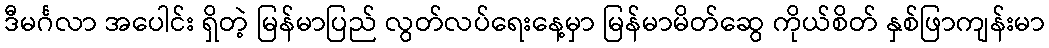
ဒီမင်္ဂလာ အပေါင်း ရှိတဲ့ မြန်မာပြည် လွတ်လပ်ရေးနေ့မှာ မြန်မာမိတ်ဆွေ ကိုယ်စိတ် နှစ်ဖြာကျန်းမာ